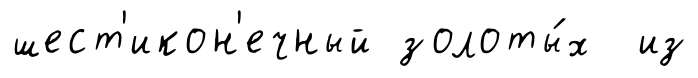
шест'икон'ечный золоты́х из